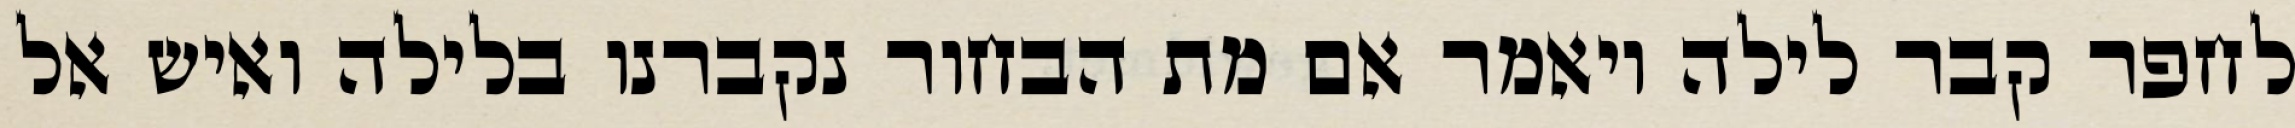
לחפר קבר לילה ויאמר אם מת הבחור נקברנו בלילה ואיש אל